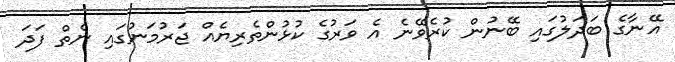
އޭނާގެ ބަދަލުގައި ބޭނުން ކުރެވޭނެ އެ ވަރުގެ ކުޅުންތެރިޔެއް ޖަރުމަނުގައި ނެތް ފަދަ